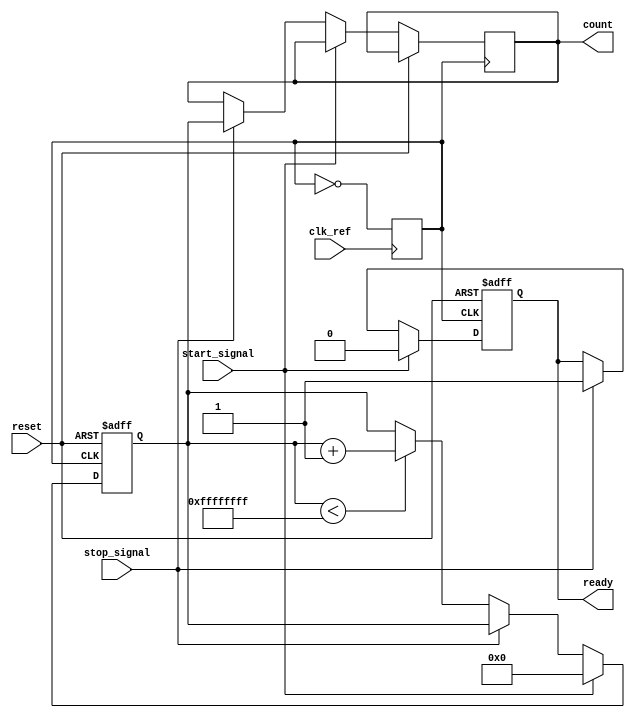
module TDC (
    input wire clk_ref,         // Reference clock input
    input wire start_signal,    // Start signal input
    input wire stop_signal,     // Stop signal input
    input wire reset,           // Reset signal
    output reg [31:0] count,    // Count output (time interval)
    output reg ready            // Ready signal
);

    // PLL parameters
    parameter PLL_MULTIPLIER = 8; // Multiplier for PLL output frequency
    reg clk_pll;                   // PLL output clock
    reg [31:0] counter;            // Counter for clock cycles

    // PLL simulation (simple clock multiplier)
    always @(posedge clk_ref) begin
        clk_pll <= ~clk_pll; // Toggle PLL output clock
    end

    // Counter logic
    always @(posedge clk_pll or posedge reset) begin
        if (reset) begin
            counter <= 32'b0; // Reset counter
            ready <= 1'b0;    // Not ready
        end else if (start_signal) begin
            counter <= 32'b0; // Start counting
            ready <= 1'b0;    // Not ready
        end else if (stop_signal) begin
            count <= counter;  // Capture count on stop signal
            ready <= 1'b1;     // Indicate measurement is complete
        end else if (counter < 32'hFFFFFFFF) begin
            counter <= counter + 1; // Increment counter
        end
    end

    // Output clock generation (for simulation purposes)
    initial begin
        clk_pll = 1'b0; // Initialize PLL clock
        counter = 32'b0; // Initialize counter
        count = 32'b0;   // Initialize output count
        ready = 1'b0;    // Initialize ready signal
    end

endmodule